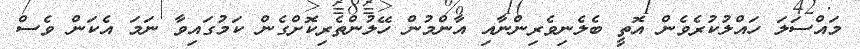
މައްސަލަ ހައްލުކުރެވެން އޮތީ ބެލެނިވެރިންނާއި އާންމުން ހޭލުންތެރިކޮށްގެން ކަމުގައިވާ ނަމަ އެކަން ވެސް